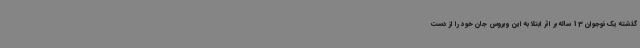
گذشته یک نوجوان 13 ساله بر اثر ابتلا به این ویروس جان خود را از دست